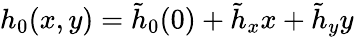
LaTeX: h_{0}(x,y)=\tilde{h}_{0}(0)+\tilde{h}_{x}x+\tilde{h}_{y}y